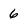
Character: 6